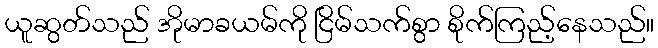
ယူဆွတ်သည် အိုမာခယမ်ကို ငြိမ်သက်စွာ စိုက်ကြည့်နေသည်။